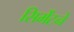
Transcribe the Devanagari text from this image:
सिमेंटने